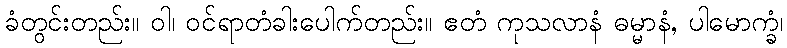
ခံတွင်းတည်း။ ဝါ၊ ဝင်ရာတံခါးပေါက်တည်း။ ဧတံ ကုသလာနံ ဓမ္မာနံ, ပါမောက္ခံ၊